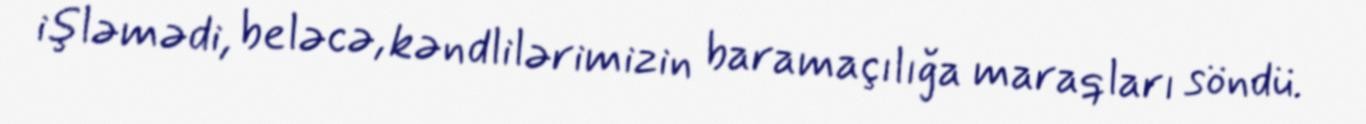
işləmədi, beləcə, kəndlilərimizin baramaçılığa maraqları söndü.